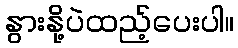
နွားနို့ပဲထည့်ပေးပါ။